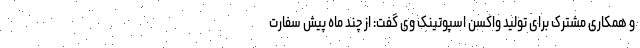
و همکاری مشترک برای تولید واکسن اسپوتینک وی گفت: از چند ماه پیش سفارت